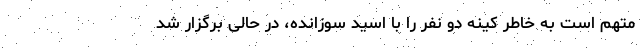
متهم است به خاطر کینه دو نفر را با اسید سوزانده، در حالی برگزار شد